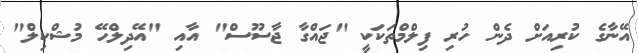
އޭނާގެ ކުރިއަށް ދެން ހުރި ފިލްމްތަކަކީ "ޖައްގާ ޖާސޫސް" އާއި "އޭދިލްހޭ މުޝްކިލް"